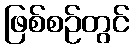
ဖြစ်စဉ်တွင်